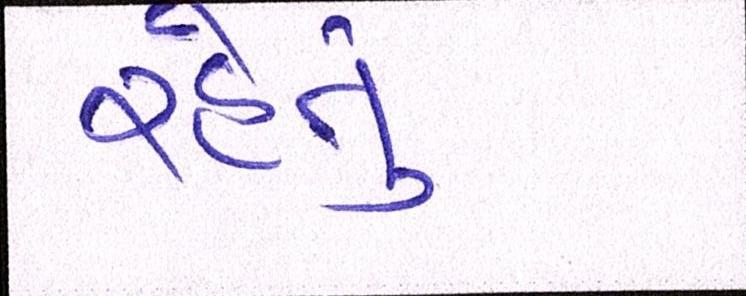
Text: રહેતું